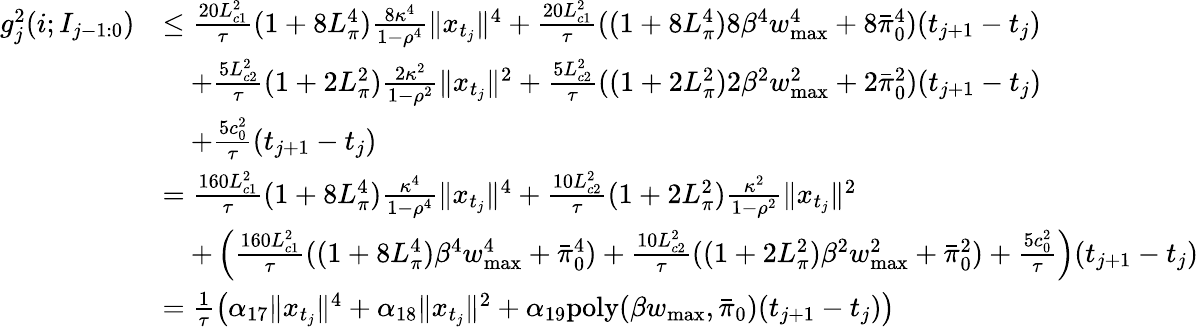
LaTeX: \begin{array}{rl}{g_{j}^{2}(i;I_{j-1:0})}&{\leq\frac{20L_{c1}^{2}}{\tau}(1+8L_{\pi}^{4})\frac{8\kappa^{4}}{1-\rho^{4}}\| x_{t_{j}}\| ^{4}+\frac{20L_{c1}^{2}}{\tau}((1+8L_{\pi}^{4})8\beta^{4}w_{\operatorname*{max}}^{4}+8\bar{\pi}_{0}^{4})(t_{j+1}-t_{j})}\\ &{\quad+\frac{5L_{c2}^{2}}{\tau}(1+2L_{\pi}^{2})\frac{2\kappa^{2}}{1-\rho^{2}}\| x_{t_{j}}\| ^{2}+\frac{5L_{c2}^{2}}{\tau}((1+2L_{\pi}^{2})2\beta^{2}w_{\operatorname*{max}}^{2}+2\bar{\pi}_{0}^{2})(t_{j+1}-t_{j})}\\ &{\quad+\frac{5c_{0}^{2}}{\tau}(t_{j+1}-t_{j})}\\ &{=\frac{160L_{c1}^{2}}{\tau}(1+8L_{\pi}^{4})\frac{\kappa^{4}}{1-\rho^{4}}\| x_{t_{j}}\| ^{4}+\frac{10L_{c2}^{2}}{\tau}(1+2L_{\pi}^{2})\frac{\kappa^{2}}{1-\rho^{2}}\| x_{t_{j}}\| ^{2}}\\ &{\quad+\left(\frac{160L_{c1}^{2}}{\tau}((1+8L_{\pi}^{4})\beta^{4}w_{\operatorname*{max}}^{4}+\bar{\pi}_{0}^{4})+\frac{10L_{c2}^{2}}{\tau}((1+2L_{\pi}^{2})\beta^{2}w_{\operatorname*{max}}^{2}+\bar{\pi}_{0}^{2})+\frac{5c_{0}^{2}}{\tau}\right)(t_{j+1}-t_{j})}\\ &{=\frac{1}{\tau}\left(\alpha_{17}\| x_{t_{j}}\| ^{4}+\alpha_{18}\| x_{t_{j}}\| ^{2}+\alpha_{19}\mathrm{poly}(\beta w_{\operatorname*{max}},\bar{\pi}_{0})(t_{j+1}-t_{j})\right)}\end{array}